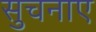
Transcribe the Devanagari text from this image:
सुचनाए